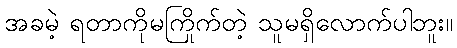
အခမဲ့ ရတာကိုမကြိုက်တဲ့ သူမရှိလောက်ပါဘူး။